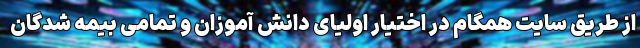
از طریق سایت همگام در اختیار اولیای دانش آموزان و تمامی بیمه شدگان